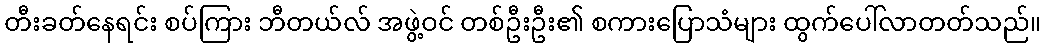
တီးခတ်နေရင်း စပ်ကြား ဘီတယ်လ် အဖွဲ့ဝင် တစ်ဦးဦး၏ စကားပြောသံများ ထွက်ပေါ်လာတတ်သည်။